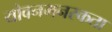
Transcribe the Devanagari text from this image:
यौवनमनस्कता